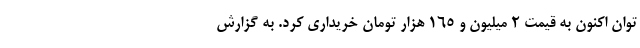
توان اکنون به قیمت 2 میلیون و 165 هزار تومان خریداری کرد. به گزارش